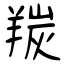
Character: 羰